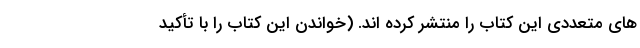
های متعددی این کتاب را منتشر کرده اند. (خواندن این کتاب را با تأکید